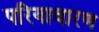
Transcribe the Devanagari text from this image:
परियावारण